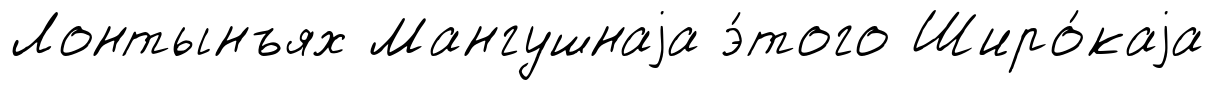
Лонтынъях Мангушнаjа э́того Широ́каjа